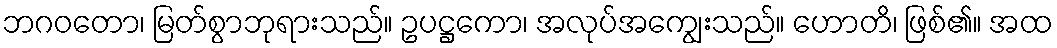
ဘဂဝတော၊ မြတ်စွာဘုရားသည်။ ဥပဋ္ဌကော၊ အလုပ်အကျွေးသည်။ ဟောတိ၊ ဖြစ်၏။ အထ